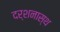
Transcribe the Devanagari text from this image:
दर्शनास्थ